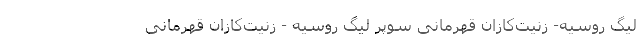
لیگ روسیه- زنیت‌کازان قهرمانی سوپر لیگ روسیه - زنیت‌کازان قهرمانی